Civil Veterinary Dept. Bombay admin report 1932-41 - 1932-1941
Year: 1932
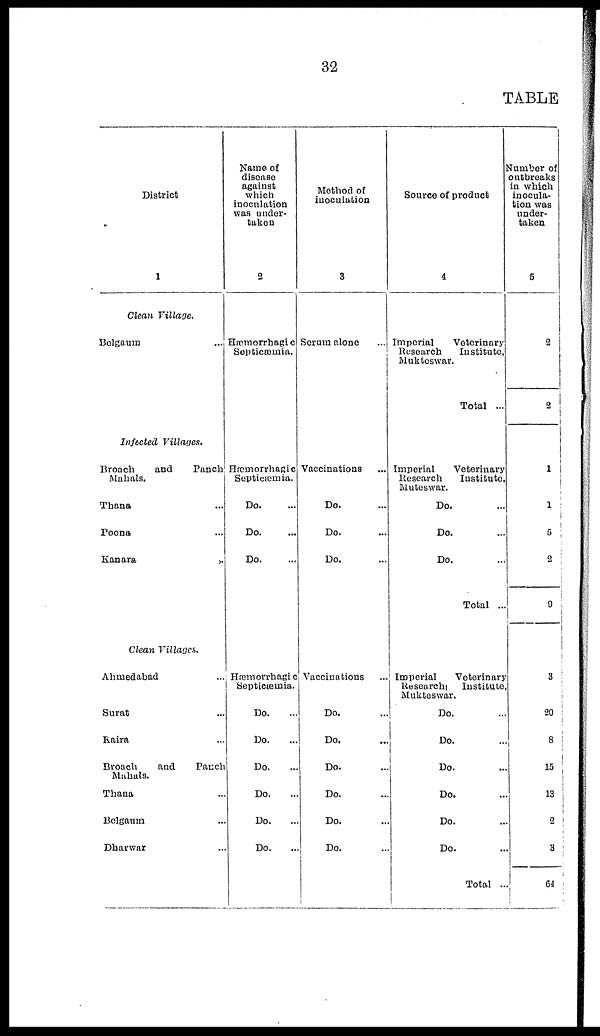
32
TABLE
District
1
Clean Village.
Belgaum ...
Infected
Villages.
Broach
and
Panch
Mahals.
Thana ...
Poona ...
Kanara
...
Clean Villages.
Ahmedabad ...
Surat ...
Raira ...
Broach
and
Panch
Mahals.
Thana ...
Belgaum ...
Dharwar ...
Name of
disease
against
which
inoculation
was under-
taken
2
Hæmorrhagic
Septicæmia.
Hæmorrhagic
Septicæmia.
Do. ...
Do. ...
Do. ...
Hæmorrhagic
Septicæmia.
Do. ...
Do. ...
Do. ...
Do. ...
Do. ...
Do. ...
Method of
inoculation
3
Serum alone ...
Vaccinations ...
Do. ...
Do. ...
Do. ...
Vaccinations ...
Do. ...
Do. ...
Do. ...
Do. ...
Do. ...
Do. ...
Source of product
4
Imperial
Veterinary
Research
Institute,
Mukteswar.
Total ...
Imperial
Veterinary
Research
Institute,
Muteswar.
Do. ...
Do. ...
Do. ...
Total ...
Imperial
Veterinary
Research
Institute,
Mukteswar.
Do. ...
Do. ...
Do. ...
Do. ...
Do. ...
Do. ...
Total ...
Number of
outbreaks
in which
inocula-
tion was
under-
taken
5
2
2
1
1
5
2
9
3
20
8
15
13
2
3
64